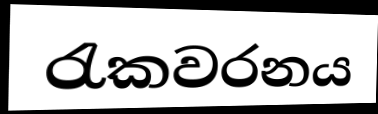
රැකවරනය